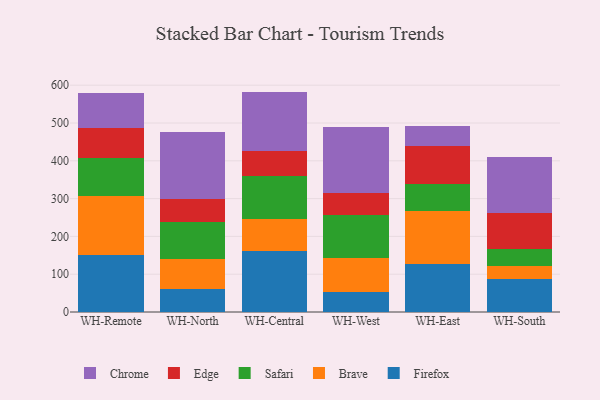
{"axis": {"x": "Warehouse", "y": "LTV (USD)"}, "legend": ["Brave", "Chrome", "Edge", "Firefox", "Safari"], "data": [{"x": "WH-Remote", "y": 149.5, "type": "Firefox"}, {"x": "WH-Remote", "y": 157.6, "type": "Brave"}, {"x": "WH-Remote", "y": 101.2, "type": "Safari"}, {"x": "WH-Remote", "y": 78.4, "type": "Edge"}, {"x": "WH-Remote", "y": 92.9, "type": "Chrome"}, {"x": "WH-North", "y": 60.9, "type": "Firefox"}, {"x": "WH-North", "y": 80.4, "type": "Brave"}, {"x": "WH-North", "y": 95.6, "type": "Safari"}, {"x": "WH-North", "y": 60.8, "type": "Edge"}, {"x": "WH-North", "y": 178.3, "type": "Chrome"}, {"x": "WH-Central", "y": 160.7, "type": "Firefox"}, {"x": "WH-Central", "y": 85.9, "type": "Brave"}, {"x": "WH-Central", "y": 114.5, "type": "Safari"}, {"x": "WH-Central", "y": 65.8, "type": "Edge"}, {"x": "WH-Central", "y": 156.2, "type": "Chrome"}, {"x": "WH-West", "y": 52.4, "type": "Firefox"}, {"x": "WH-West", "y": 90.7, "type": "Brave"}, {"x": "WH-West", "y": 114.6, "type": "Safari"}, {"x": "WH-West", "y": 56.9, "type": "Edge"}, {"x": "WH-West", "y": 173.6, "type": "Chrome"}, {"x": "WH-East", "y": 126.1, "type": "Firefox"}, {"x": "WH-East", "y": 140.1, "type": "Brave"}, {"x": "WH-East", "y": 71.3, "type": "Safari"}, {"x": "WH-East", "y": 102.8, "type": "Edge"}, {"x": "WH-East", "y": 53.1, "type": "Chrome"}, {"x": "WH-South", "y": 87.4, "type": "Firefox"}, {"x": "WH-South", "y": 35.1, "type": "Brave"}, {"x": "WH-South", "y": 44.1, "type": "Safari"}, {"x": "WH-South", "y": 94.7, "type": "Edge"}, {"x": "WH-South", "y": 149.3, "type": "Chrome"}]}